Vaccine operations Central Provinces 1868-1885 - 1868-1885
Year: 1868
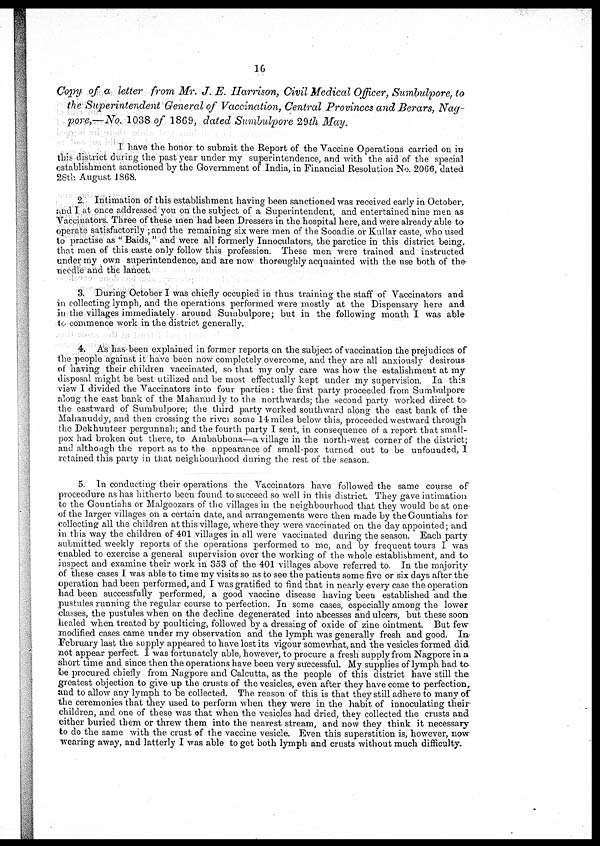
16
Copy of a letter from Mr. J. E. Harrison, Civil Medical Officer, Sumbulpore, to
the Superintendent General of Vaccination, Central Provinces and Berars, Nag-
pore,—No. 1038 of 1869, dated Sumbulpore 29th May.
I have the honor to submit the Report of the Vaccine Operations carried on in
this district during the past year under my superintendence, and with the aid of the special
establishment sanctioned by the Government of India, in Financial Resolution No. 2066, dated
28th August 1868.
2 Intimation of this establishment having been sanctioned was received early in October,
and I at once addressed you on the subject of a Superintendent, and entertained nine men as
Vaccinators. Three of these men had been Dressers in the hospital here, and were already able to
operate satisfactorily ;and the remaining six were men of the Sooadie or Kullar caste, who used
to practise as " Baids," and were all formerly Innoculators, the parctice in this district being,
that men of this caste only follow this profession. These men were trained and instructed
under my own superintendence, and are now thoroughly acquainted with the use both of the-
needle and the lancet.
3. During October I was chiefly occupied in thus training the staff of Vaccinators and
in collecting lymph, and the operations performed were mostly at the Dispensary here and
in the villages immediately around Sumbulpore; but in the following month I was able
to commence work in the district generally.
4. As has been explained in former reports on the subject of vaccination the prejudices of
the people against it have been now completely overcome, and they are all anxiously desirous
of having their children vaccinated, so that my only care was how the estalishment at my
disposal might be best utilized and be most effectually kept under my supervision In this
view I divided the Vaccinators into four parties . the first party proceeded from Sumbulpore
along the east bank of the Mahanuddy to the northwards; the second party worked direct to
the eastward of Sumbulpore; the third party worked southward along the east bank of the
Mahanuddy, and then crossing the river some 14 miles below this, proceeded westward through
the Dekhunteer pergunnah, and the fourth party I sent, in consequence of a report that small-
pox had broken out there, to Ambabhona—a village in the north-west corner of the district;
and although the report as to the appearance of small-pox turned out to be unfounded, I
retained this party in that neighbourhood during the rest of the season.
5. In conducting their operations the Vaccinators have followed the same course of
proceedure as has hitherto been found to succeed so well in this district. They gave intimation
to the Gountiahs or Malgoozars of the villages in the neighbourhood that they would be at one
of the larger villages on a certain date, and arrangements were then made by the Gountiahs for
collecting all the children at this village, where they were vaccinated on the day appointed; and
in this way the children of 401 villages in all were vaccinated during the season. Each party
submitted weekly reports of the operations performed to me, and by frequent tours I was
enabled to exercise a general supervision over the working of the whole establishment, and to
inspect and examine their work in 353 of the 401 villages above referred to. In the majority
of these cases I was able to time my visits so as to see the patients some five or six days after the
operation had been performed, and I was gratified to find that in nearly every case the operation
had been successfully performed, a good vaccine disease having been established and the
pustules running the regular course to perfection. In some cases, especially among the lower
classes, the pustules when on the decline degenerated into abcesses and ulcers, but these soon
healed when treated by poulticing, followed by a dressing of oxide of zine ointment. But few
modified cases came under my observation and the lymph was generally fresh and good. In
February last the supply appeared to have lost its vigour somewhat, and the vesicles formed did
not appear perfect. I was fortunately able, however, to procure a fresh supply from Nagpore in a
short time and since then the operations have been very successful. My supplies of lymph had to
be procured chiefly from Nagpore and Calcutta, as the people of this district have still the
greatest objection to give up the crusts of the vesicles, even after they have come to perfection,
and to allow any lymph to be collected. The reason of this is that they still adhere to many of
the ceremonies that they used to perform when they were in the habit of innoculating their
children, and one of these was that when the vesicles had dried, they collected the crusts and
either buried them or threw them into the nearest stream, and now they think it necessary
to do the same with the crust of the vaccine vesicle. Even this superstition is, however, now
wearing away, and latterly I was able to get both lymph and crusts without much difficulty.